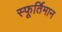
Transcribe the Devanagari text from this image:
स्फूर्तिमान